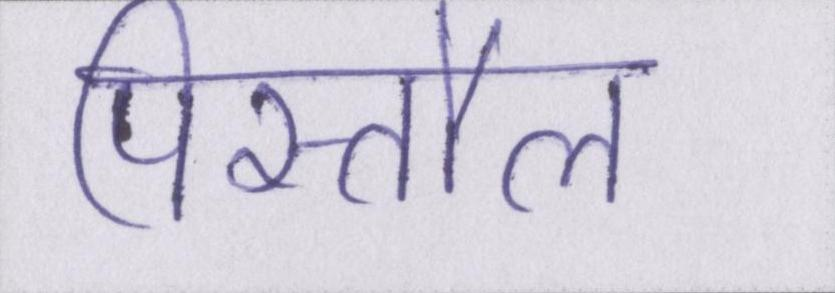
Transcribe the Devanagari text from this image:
पिस्तौल